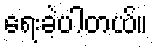
ရေးခဲ့ပါတယ်။